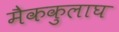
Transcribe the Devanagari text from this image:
मैककुलाघ